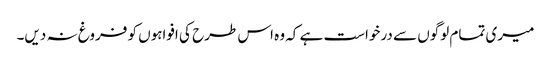
میری تمام لوگوں سے درخواست ہے کہ وہ اس طرح کی افواہوں کو فروغ نہ دیں۔